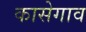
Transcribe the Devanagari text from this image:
कासेगाव